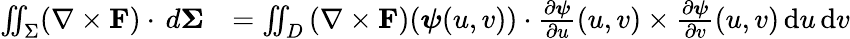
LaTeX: {\begin{array}{rl}{\iint_{\Sigma}(\nabla\times\mathbf{F})\cdot\, d\mathbf{\Sigma}}&{=\iint_{D}{(\nabla\times\mathbf{F})({\boldsymbol{\psi}}(u,v))\cdot{\frac{\partial{\boldsymbol{\psi}}}{\partial u}}(u,v)\times{\frac{\partial{\boldsymbol{\psi}}}{\partial v}}(u,v)\, \mathrm{d}u\, \mathrm{d}v}}\end{array}}